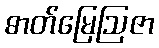
ဓာတ်မြေဩဇာ